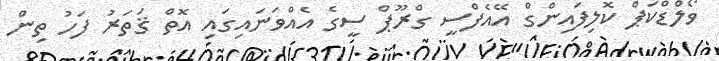
ވޯލްޑްކަޕް ކޮލިފައިންގް އޭއެފްސީ ގްރޫޕް ސީގެ އެއްވަނައިގައި އޮތް ޤަތަރު ފަހު ތިން